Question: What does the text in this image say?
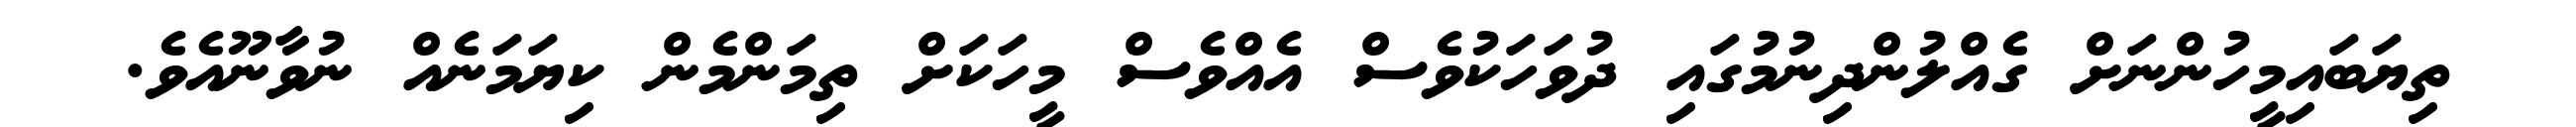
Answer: ތިޔަބައިމީހުންނަށް ގެއްލުންދިނުމުގައި ދުވަހަކުވެސް އެއްވެސް މީހަކަށް ތިމަންމެން ކިޔަމަނެއް ނުވާނޫއެވެ.